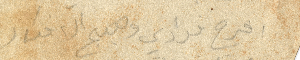
فرح فؤادي ومبهج الأفكار